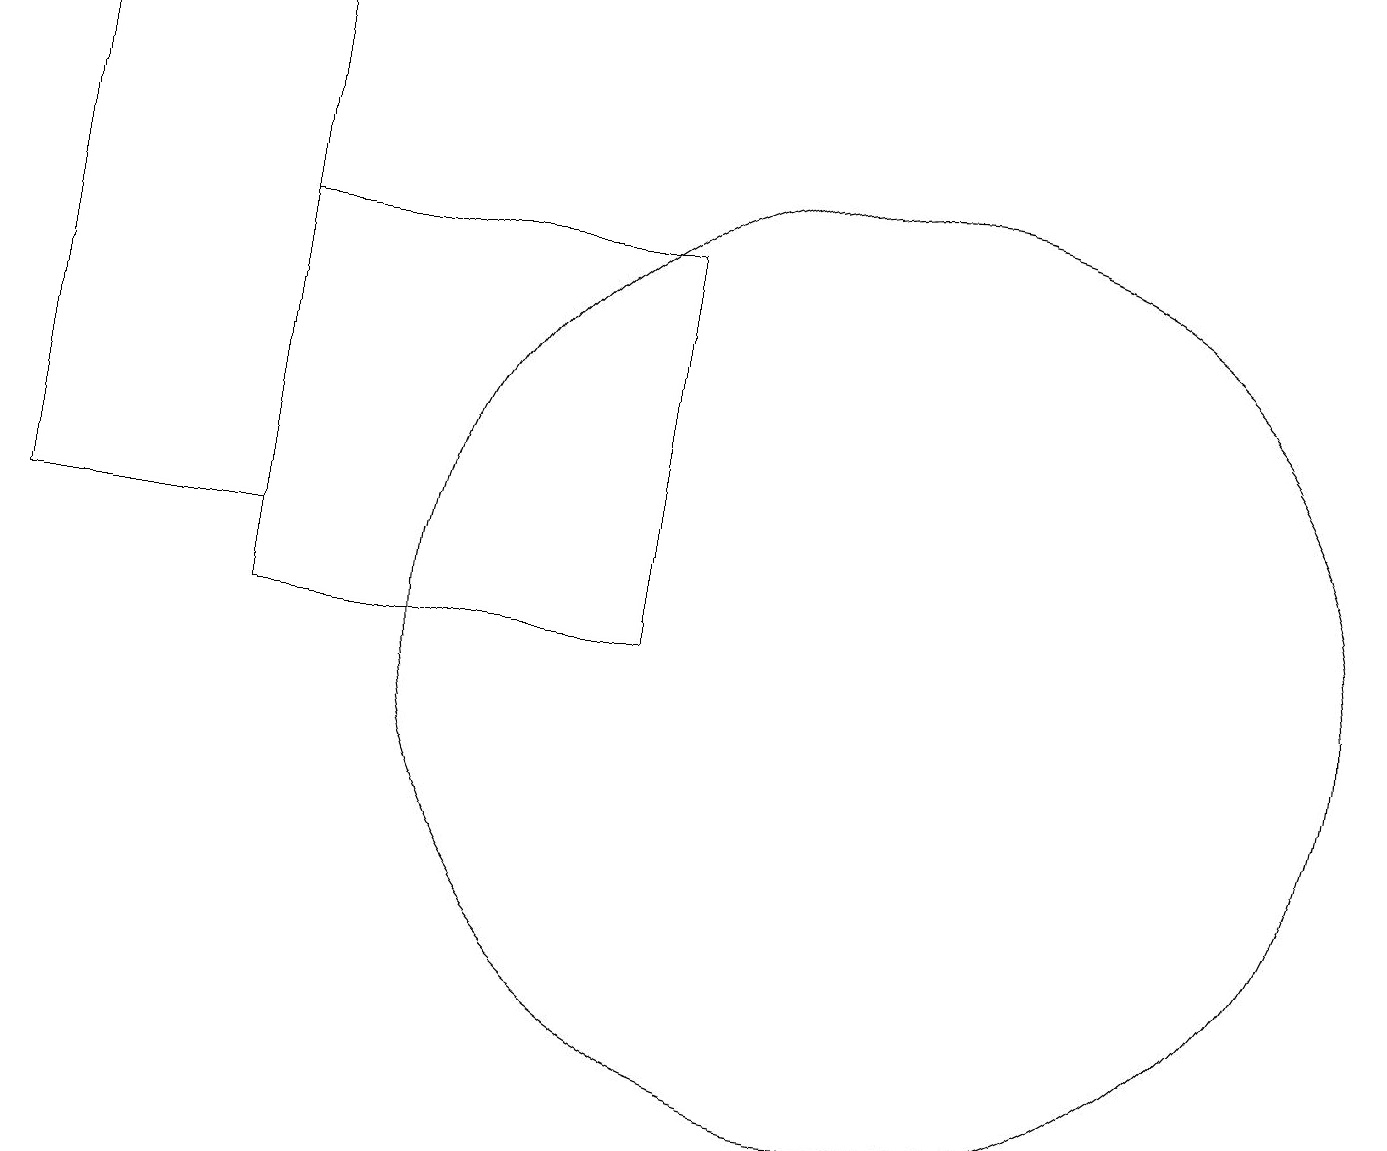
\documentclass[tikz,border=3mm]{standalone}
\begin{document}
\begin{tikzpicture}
\draw (0,19) rectangle (3,12);
\draw (11,11) circle (6);
\draw (3,16) rectangle (8,11);
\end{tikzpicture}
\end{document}